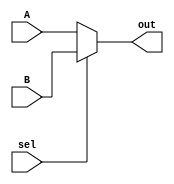
`timescale 1ns / 1ps
//////////////////////////////////////////////////////////////////////////////////
// Company: 
// Engineer: 
// 
// Design Name: 
// Module Name: MUX2x1
// Project Name: 
// Target Devices: 
// Tool Versions: 
// Description: 
// 
// Dependencies: 
// 
// Revision:
// Revision 0.01 - File Created
// Additional Comments:
// 
//////////////////////////////////////////////////////////////////////////////////


module MUX2x1(input A, input B, input sel, output out );
assign out = (sel == 0) ? A:B;

endmodule